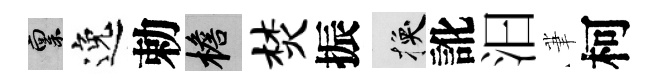
禀逸勅檐焚振换訛汩茟柯